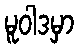
မူဝါဒမှာ